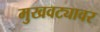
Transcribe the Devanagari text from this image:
मुखवट्यावर